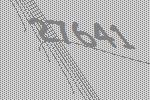
27641